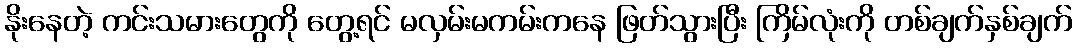
နိုးနေတဲ့ ကင်းသမားတွေကို တွေ့ရင် မလှမ်းမကမ်းကနေ ဖြတ်သွားပြီး ကြိမ်လုံးကို တစ်ချက်နှစ်ချက်